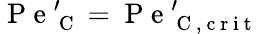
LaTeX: \mathrm{~P~e~}_{\mathrm{~C~}}^{\prime}=\mathrm{~P~e~}_{\mathrm{~C~,~c~r~i~t~}}^{\prime}